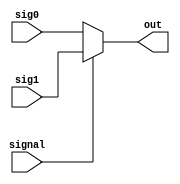
module Muxecall(signal, 
sig1, 
sig0, 
out
);
input signal;
input [4:0] sig1, sig0;
output [4:0] out;

assign out = (signal)? sig1 : sig0 ;

endmodule